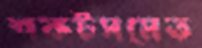
শকটসমেত